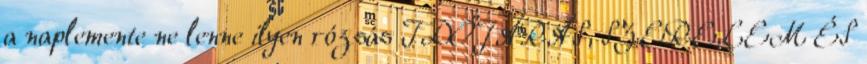
a naplemente ne lenne ilyen rózsás IDŐJÁRÁS, SZERELEM ÉS